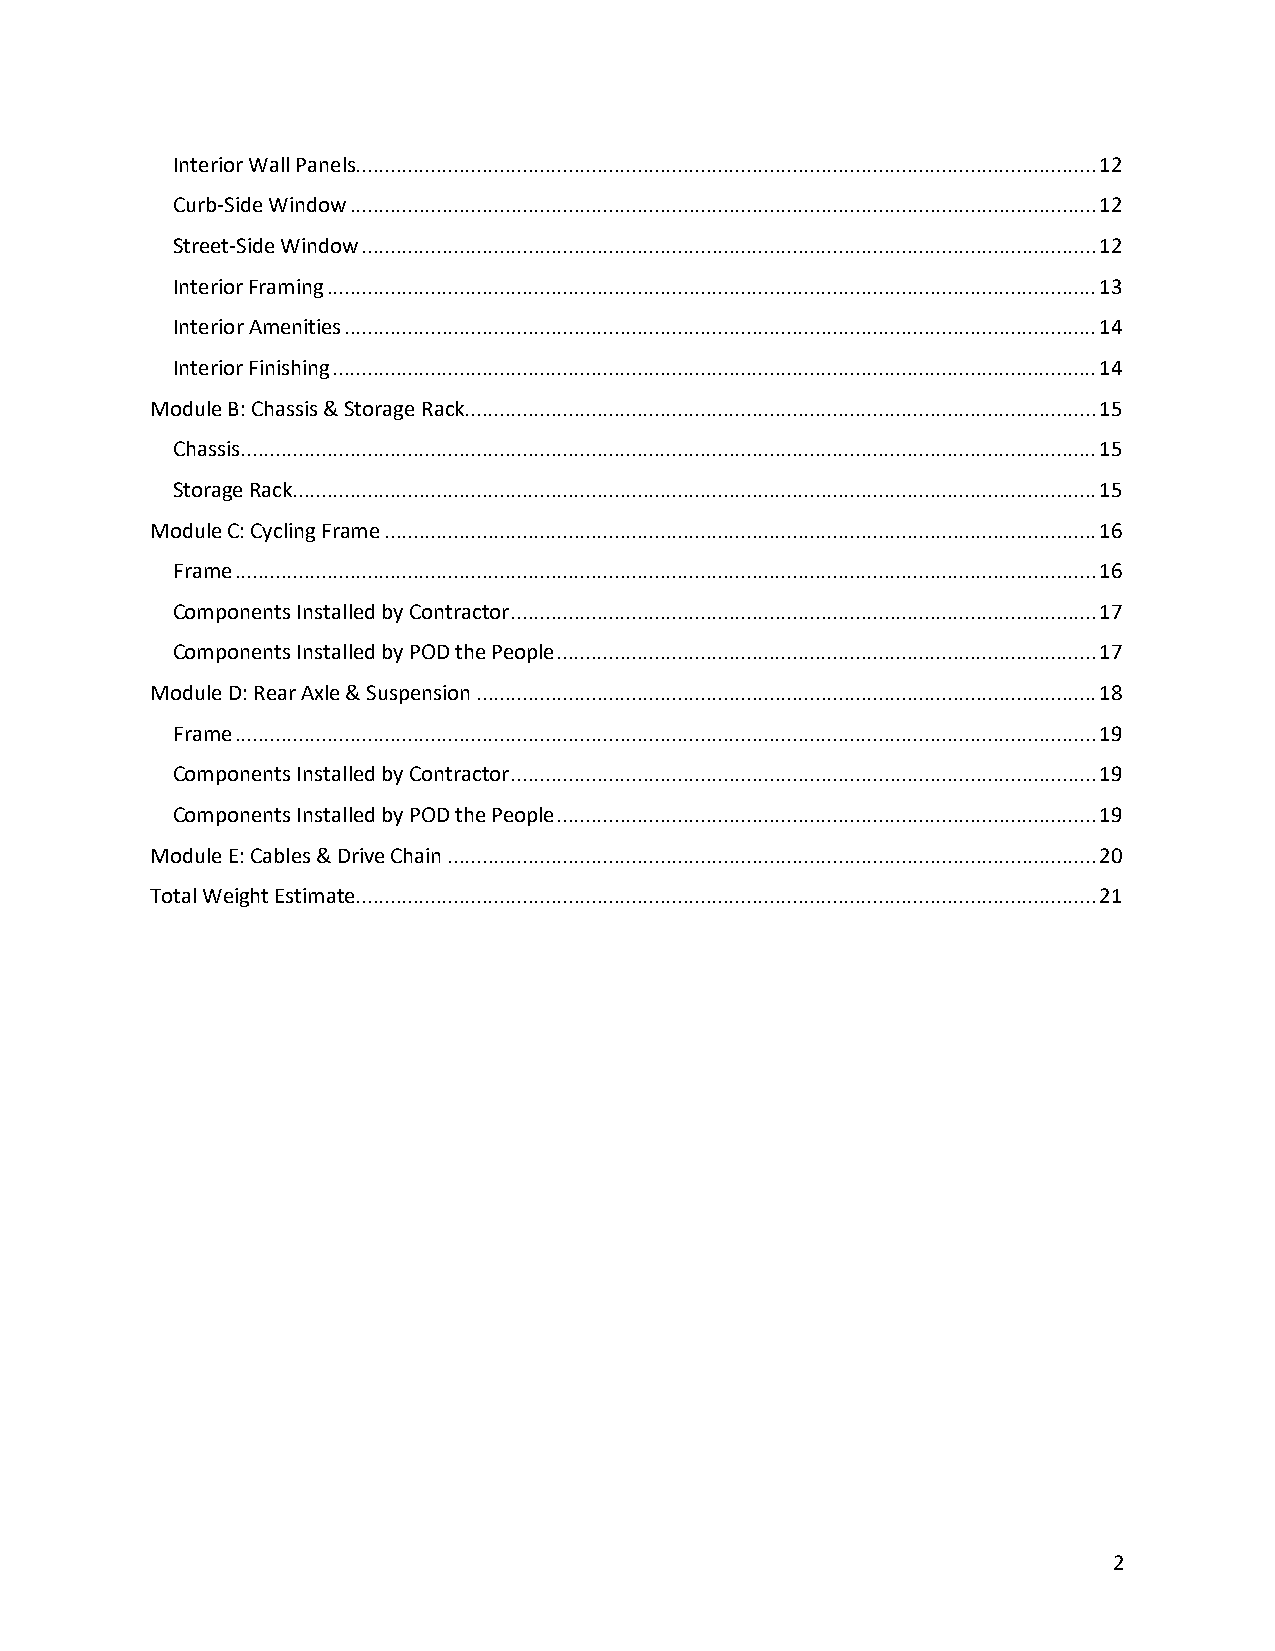
Interior Wall Panels ................................................................................................................................. 12
 Curb-Side Window .................................................................................................................................. 12
 Street-Side Window ................................................................................................................................ 12
 Interior Framing ...................................................................................................................................... 13
 Interior Amenities ................................................................................................................................... 14
 Interior Finishing ..................................................................................................................................... 14
 Module B: Chassis & Storage Rack .............................................................................................................. 15
 Chassis ..................................................................................................................................................... 15
 Storage Rack............................................................................................................................................ 15
 Module C: Cycling Frame ............................................................................................................................ 16
 Frame ...................................................................................................................................................... 16
 Components Installed by Contractor ...................................................................................................... 17
 Components Installed by POD the People .............................................................................................. 17
 Module D: Rear Axle & Suspension ............................................................................................................ 18
 Frame ...................................................................................................................................................... 19
 Components Installed by Contractor ...................................................................................................... 19
 Components Installed by POD the People .............................................................................................. 19
 Module E: Cables & Drive Chain ................................................................................................................. 20
 Total Weight Estimate................................................................................................................................. 21
 2